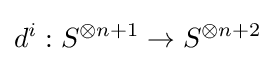
d^{i}:S^{\otimes {n+1}}\to S^{\otimes n+2}